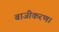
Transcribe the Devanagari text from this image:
बाजीकरण।